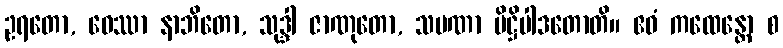
ဥရတော, ဝေဿာ နာဘိတော, သုဒ္ဒါ ဇာဏုတော, သမဏာ ပိဋ္ဌိပါဒတောတိ။ ဧဝံ ကထေန္တော စ